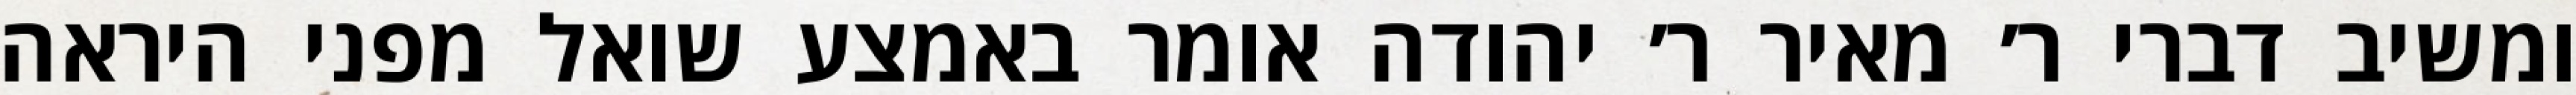
ומשיב דברי ר׳ מאיר ר׳ יהודה אומר באמצע שואל מפני היראה